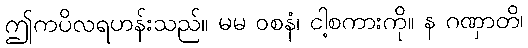
ဤကပိလရဟန်းသည်။ မမ ဝစနံ၊ ငါ့စကားကို။ န ဂဏှာတိ၊